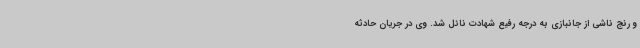
و رنج ناشی از جانبازی به درجه رفیع شهادت نائل شد. وی در جریان حادثه